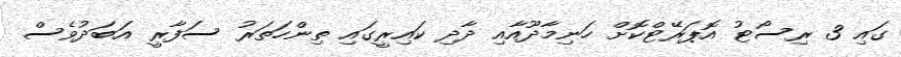
ގައި 3 ރިސޯޓު އޮޕަރޭޓްކޮށް ހަނިމާދޫއާއި ދާދި ކައިރީގައި ތިންހަތަރު ސަފާރީ އަބަދުވެސް